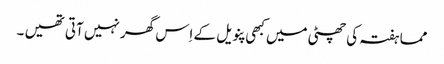
مما ہفتہ کی چھٹی میں کبھی پنویل کے اِس گھر نہیں آتی تھیں ۔